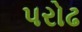
પરોઢ